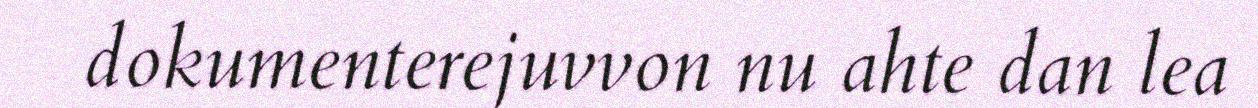
dokumenterejuvvon nu ahte dan lea